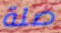
صلة